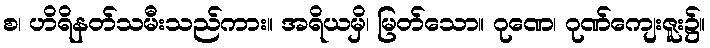
စ၊ ဟိရိနတ်သမီးသည်ကား။ အရိယမှိ၊ မြတ်သော။ ဂုဏေ၊ ဂုဏ်ကျေးဇူး၌။